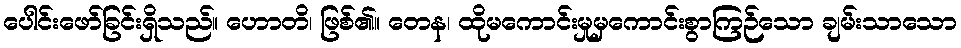
ပေါင်းဖော်ခြင်းရှိသည်။ ဟောတိ၊ ဖြစ်၏။ တေန၊ ထိုမကောင်းမှုမှကောင်းစွာကြဉ်သော ချမ်းသာသော